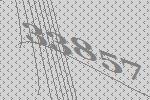
33857